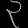
Digit: ၃